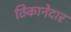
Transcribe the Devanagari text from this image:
ठिकानेदार